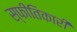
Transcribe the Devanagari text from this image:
स्फीतिकारी